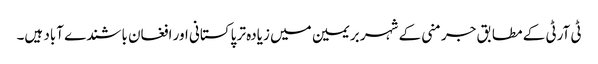
ٹی آرٹی کے مطابق جرمنی کے شہر بریمین میں زیادہ تر پاکستانی اور افغان باشندے آباد ہیں۔